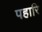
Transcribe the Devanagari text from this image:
पहारि